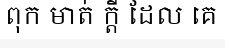
ពុក មាត់ ក្តី ដែល គេ